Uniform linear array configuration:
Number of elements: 48
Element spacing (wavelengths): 0.5
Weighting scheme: kaiser
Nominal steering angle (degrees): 60
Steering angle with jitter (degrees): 58.754
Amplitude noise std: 0.05
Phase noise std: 0.05

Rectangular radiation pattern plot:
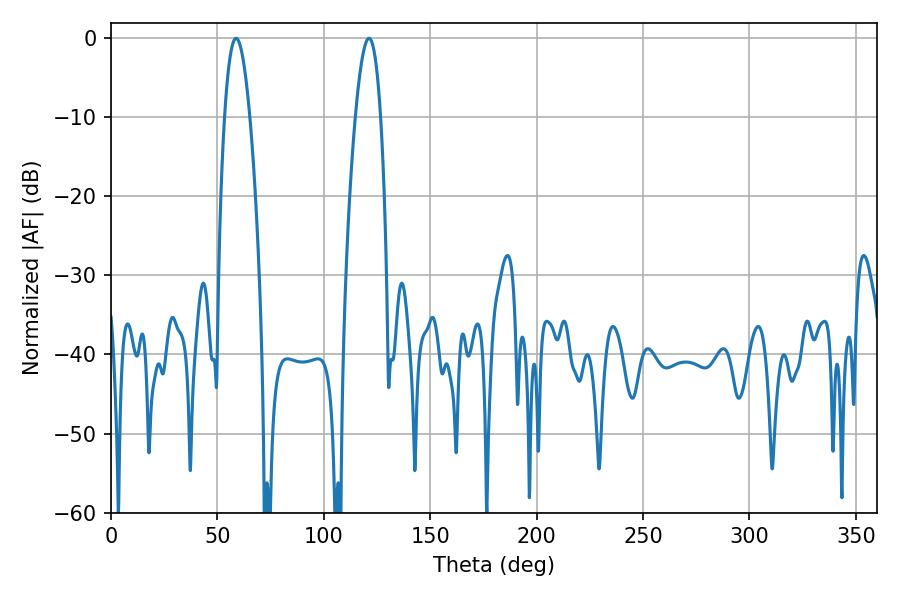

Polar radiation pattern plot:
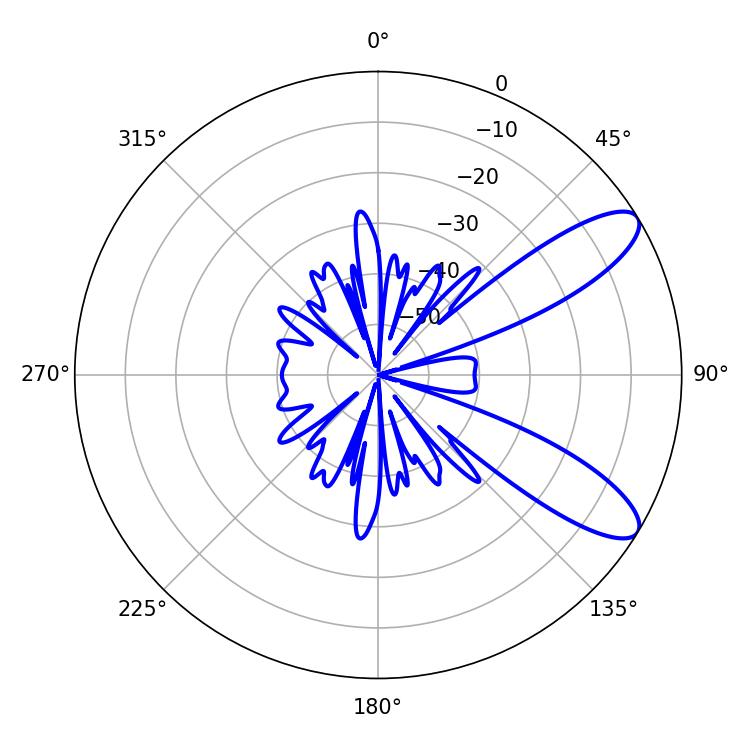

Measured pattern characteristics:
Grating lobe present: FALSE
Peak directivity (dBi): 9.784
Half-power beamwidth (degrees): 6.48
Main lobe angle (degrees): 58.86